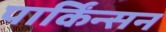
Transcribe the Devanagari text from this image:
पार्किंन्सन